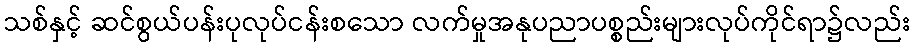
သစ်နှင့် ဆင်စွယ်ပန်းပုလုပ်ငန်းစသော လက်မှုအနုပညာပစ္စည်းများလုပ်ကိုင်ရာ၌လည်း